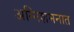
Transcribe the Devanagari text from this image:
अग्निशमनात